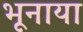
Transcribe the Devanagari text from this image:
भूनाया